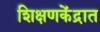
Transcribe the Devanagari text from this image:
शिक्षणकेंद्रात